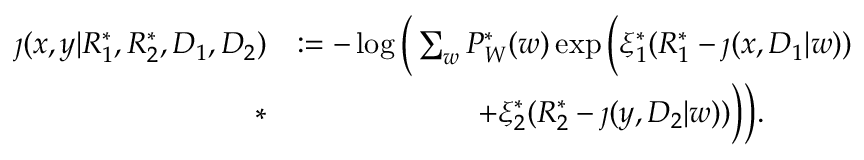
\begin{array} { r l } { \jmath ( x , y | R _ { 1 } ^ { * } , R _ { 2 } ^ { * } , D _ { 1 } , D _ { 2 } ) } & { : = - \log \bigg ( \sum _ { w } P _ { W } ^ { * } ( w ) \exp \Big ( \xi _ { 1 } ^ { * } ( R _ { 1 } ^ { * } - \jmath ( x , D _ { 1 } | w ) ) } \\ { * } & { \qquad \qquad \qquad + \xi _ { 2 } ^ { * } ( R _ { 2 } ^ { * } - \jmath ( y , D _ { 2 } | w ) ) \Big ) \bigg ) . } \end{array}